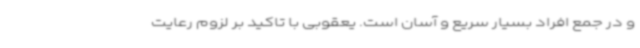
و در جمع افراد بسیار سریع و آسان است. یعقوبی با تاکید بر لزوم رعایت